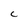
Character: C